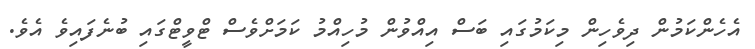
އެހެންކަމުން ދިވެހިން މިކަމުގައި ބަސް އިއްވުން މުހިއްމު ކަމަށްވެސް ޓްވީޓްގައި ބުނެފައިވެ އެވެ.